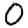
Digit: 0